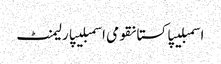
اسمبلیپاکستانقومی اسمبلیپارلیمنٹ